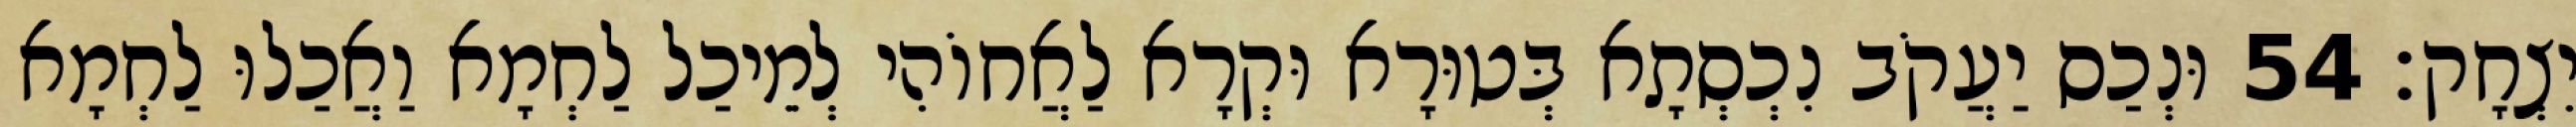
יִצְחָק׃ 54 וּנְכַס יַעֲקֹב נִכְסְתָא בְּטוּרָא וּקְרָא לַאֲחוֹהִי לְמֵיכַל לַחְמָא וַאֲכַלוּ לַחְמָא